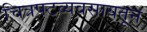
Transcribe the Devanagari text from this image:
चित्रपटव्यवसायतून